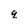
Character: q